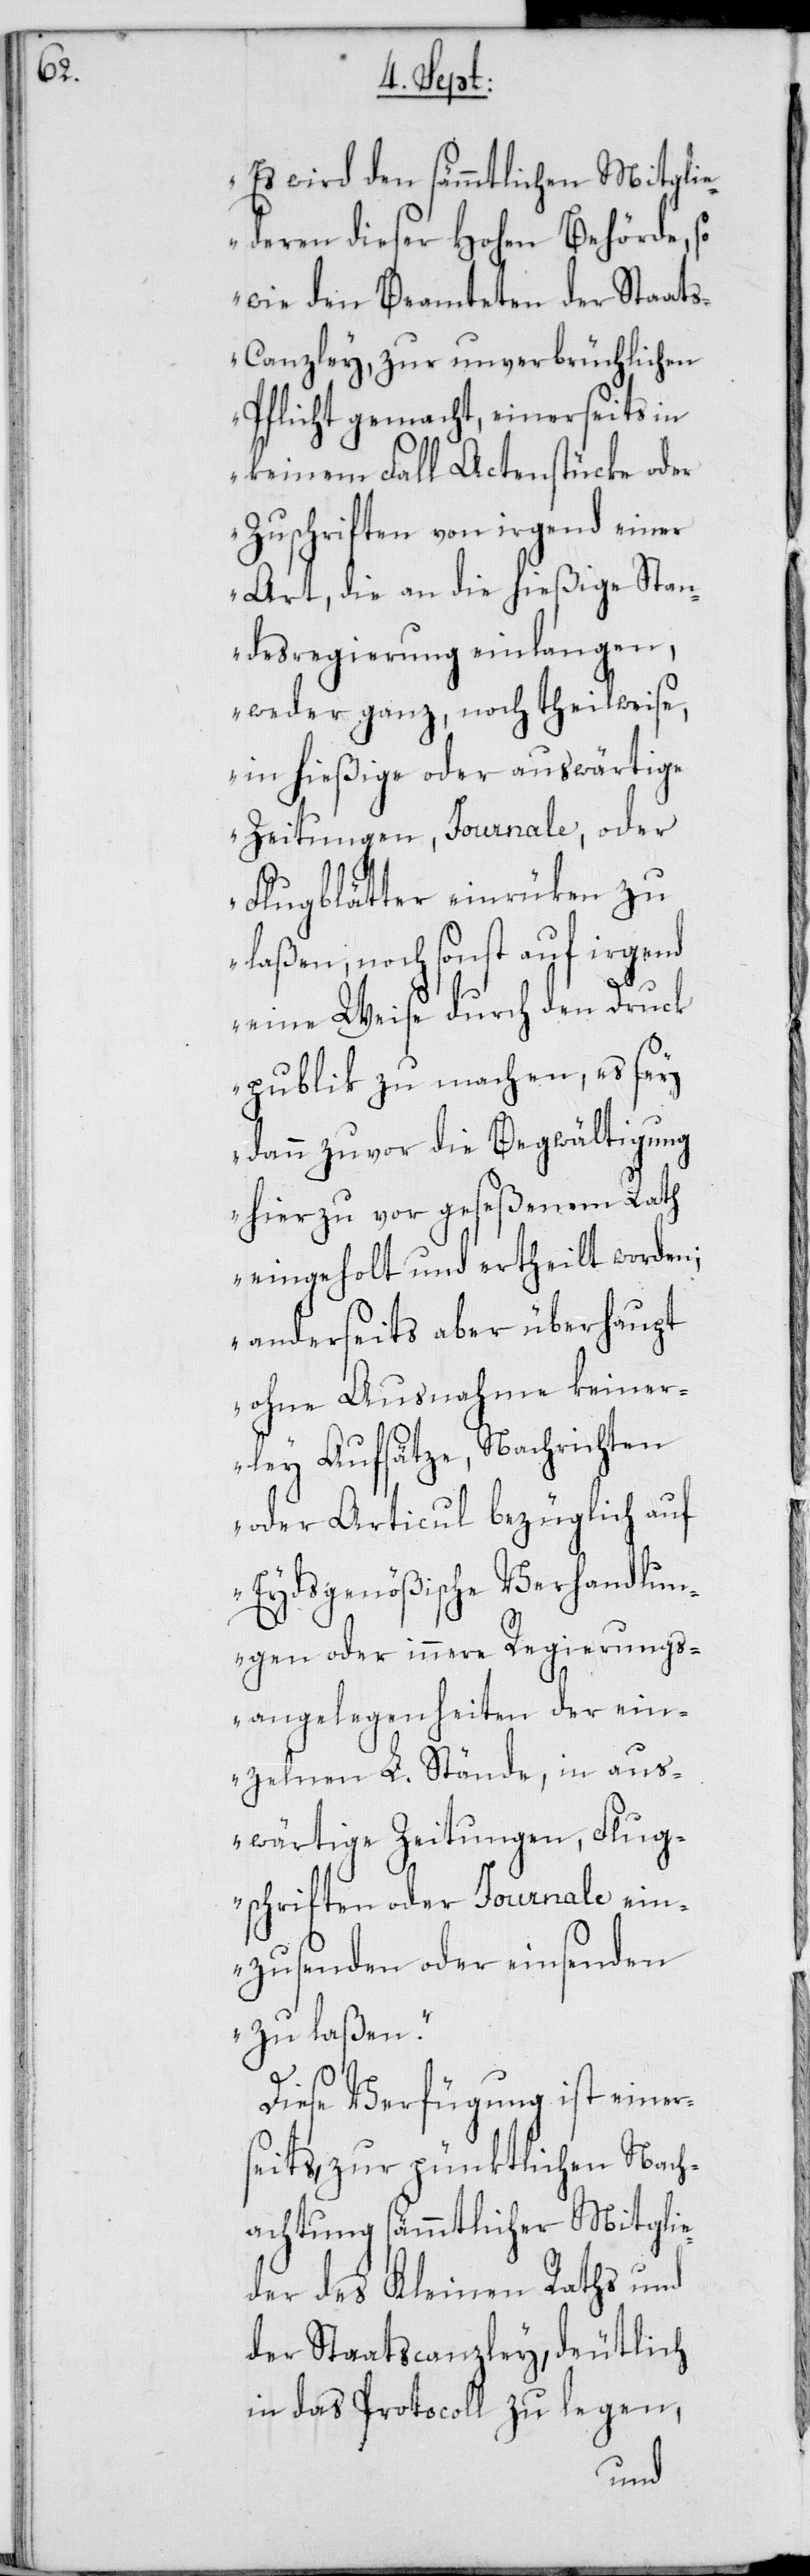
„Es wird den sämmtlichen Mitgli¬
ederen dieser Hohen Behörde, so
wie den Beamteten der Staat¬
s-Canzley, zur unverbrüchlichen
Pflicht gemacht, einerseits in
keinem Fall Actenstücke oder
Zuschriften von irgend einer
Art, die an die hießige Stan¬
desregierung einlangen,
weder ganz, noch theilweise,
in hießige oder auswärtige
Zeitungen, Journale, oder
Flugblätter einrüken zu
laßen, noch sonst auf
eine Weise durch den Druck
publik zu machen, es sey
dann zuvor die Begwältigung
hierzu vor geseßenem Rath
eingeholt und ertheilt worden;
anderseits aber überhaupt
ohne Ausnahme keiner¬
ley Aufsätze, Nachrichten
oder Articul bezüglich auf
Eydsgenößische Verhandlun¬
gen oder innere Regierungs¬
angelegenheiten der ein¬
zelnen L. Stände, in aus¬
wärtige Zeitungen, Flug¬
schriften oder Journale ein¬
zusenden oder einsenden
zu laßen“.
Diese Verfügung ist einers¬
eits, zur pünktlichen Nach¬
achtung sämmtlicher Mitglie¬
der des Kleinen Raths und
der Staatscanzley, deutlich
in das Protocoll zu legen,